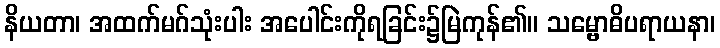
နိယတာ၊ အထက်မဂ်သုံးပါး အပေါင်းကိုရခြင်း၌မြဲကုန်၏။ သမ္ဗောဓိပရာယနာ၊